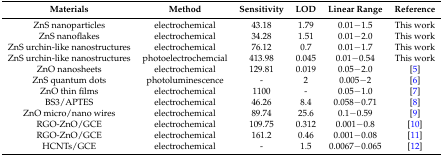
<table><thead><tr><td><b>Materials</b></td><td><b>Method</b></td><td><b>Sensitivity</b></td><td><b>LOD</b></td><td><b>Linear Range</b></td><td><b>Reference</b></td></tr></thead><tbody><tr><td>ZnS nanoparticles</td><td>electrochemical</td><td>43.18</td><td>1.79</td><td>0.01−1.5</td><td>This work</td></tr><tr><td>ZnS nanoflakes</td><td>electrochemical</td><td>34.28</td><td>1.51</td><td>0.01−2.0</td><td>This work</td></tr><tr><td>ZnS urchin-like nanostructures</td><td>electrochemical</td><td>76.12</td><td>0.7</td><td>0.01−1.7</td><td>This work</td></tr><tr><td>ZnS urchin-like nanostructures</td><td>photoelectrochemcial</td><td>413.98</td><td>0.045</td><td>0.01−0.54</td><td>This work</td></tr><tr><td>ZnO nanosheets</td><td>electrochemical</td><td>129.81</td><td>0.019</td><td>0.05−2.0</td><td>[5]</td></tr><tr><td>ZnS quantum dots</td><td>photoluminescence</td><td>-</td><td>2</td><td>0.005−2</td><td>[6]</td></tr><tr><td>ZnO thin films</td><td>electrochemical</td><td>1100</td><td>-</td><td>0.05−1.0</td><td>[7]</td></tr><tr><td>BS3/APTES</td><td>electrochemical</td><td>46.26</td><td>8.4</td><td>0.058−0.71</td><td>[8]</td></tr><tr><td>ZnO micro/nano wires</td><td>electrochemical</td><td>89.74</td><td>25.6</td><td>0.1−0.59</td><td>[9]</td></tr><tr><td>RGO-ZnO/GCE</td><td>electrochemical</td><td>109.75</td><td>0.312</td><td>0.001−0.8</td><td>[10]</td></tr><tr><td>RGO-ZnO/GCE</td><td>electrochemical</td><td>161.2</td><td>0.46</td><td>0.001−0.08</td><td>[11]</td></tr><tr><td>HCNTs/GCE</td><td>electrochemical</td><td>-</td><td>1.5</td><td>0.0067−0.065</td><td>[12]</td></tr></tbody></table>